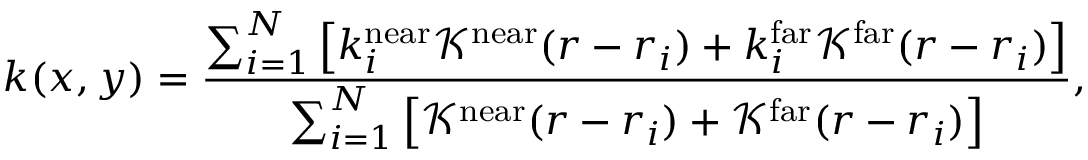
k ( x , y ) = \frac { \sum _ { i = 1 } ^ { N } \left[ k _ { i } ^ { \mathrm { n e a r } } \mathcal { K } ^ { \mathrm { n e a r } } ( r - r _ { i } ) + k _ { i } ^ { \mathrm { f a r } } \mathcal { K } ^ { \mathrm { f a r } } ( r - r _ { i } ) \right] } { \sum _ { i = 1 } ^ { N } \left[ \mathcal { K } ^ { \mathrm { n e a r } } ( r - r _ { i } ) + \mathcal { K } ^ { \mathrm { f a r } } ( r - r _ { i } ) \right] } ,